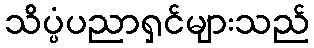
သိပ္ပံပညာရှင်များသည်